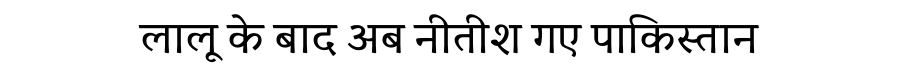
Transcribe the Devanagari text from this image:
लालू के बाद अब नीतीश गए पाकिस्तान